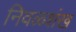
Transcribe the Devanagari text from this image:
निवळशंख